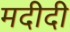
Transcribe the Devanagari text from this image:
मदीदी